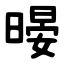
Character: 暥